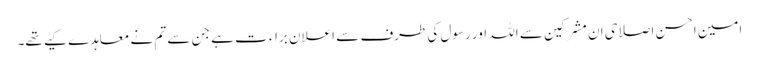
امین احسن اصلاحی ان مشرکین سے اللہ اور رسول کی طرف سے اعلان براء ت ہے جن سے تم نے معاہدے کیے تھے۔